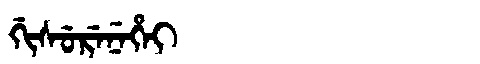
Manchu: ᡤᡳᠰᡠᡵᡝᠨᡝᡥᡝᡳ
Romanization: GISURENEHEI